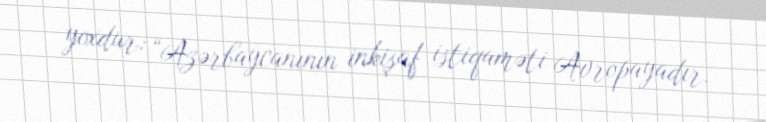
yoxdur: “Azərbaycanının inkişaf istiqaməti Avropayadır.